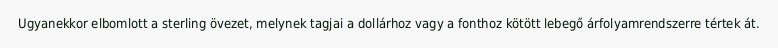
Ugyanekkor elbomlott a sterling övezet, melynek tagjai a dollárhoz vagy a fonthoz kötött lebegő árfolyamrendszerre tértek át.